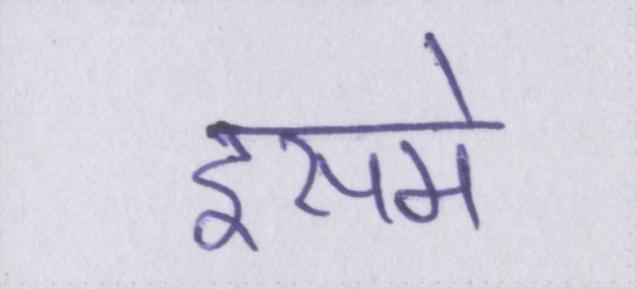
इसमें